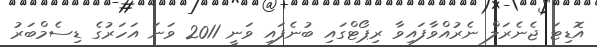
އޮޑިޓަ ޖެނެރަލް ނެރުއްވާފައިވާ ރިޕޯޓްގައި ބުނެފައި ވަނީ 2011 ވަނަ އަހަރުގެ ޑިސެމްބަރު